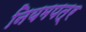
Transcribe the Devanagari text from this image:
नियमपत्र